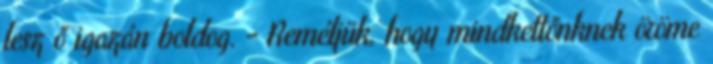
lesz ő igazán boldog. - Reméljük, hogy mindkettőnknek öröme